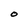
Character: O